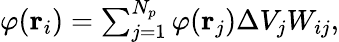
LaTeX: \begin{array}{r}{\varphi(\boldsymbol{\mathbf{r}}_{i})=\sum_{j=1}^{N_{p}}\varphi(\boldsymbol{\mathbf{r}}_{j}){\Delta{V}_{j}}W_{ij},}\end{array}